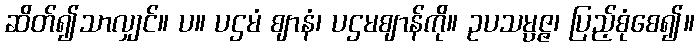
ဆိတ်၍သာလျှင်။ ပ။ ပဌမံ ဈာနံ၊ ပဌမဈာန်ကို။ ဥပသမ္ပဇ္ဇ၊ ပြည့်စုံစေ၍။